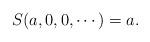
LaTeX: \begin{align*}S (a, 0, 0 , \cdots) = a .\end{align*}